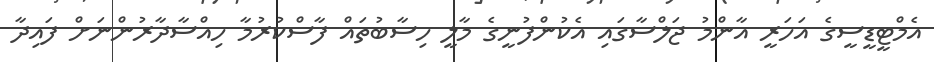
އެމްޓީޑީސީގެ އަހަރީ އާންމު ޖަލްސާގައި އެކުންފުނީގެ މާލީ ހިސާބުތައް ފާސްކުރުމާ ހިއްސާދާރުންނަށް ފައިދާ